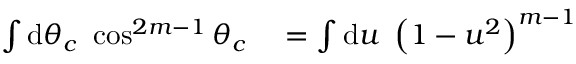
\begin{array} { r l } { \int \mathrm { d } \theta _ { c } \ \cos ^ { 2 m - 1 } \theta _ { c } } & { { } = \int \mathrm { d } u \ \left( 1 - u ^ { 2 } \right) ^ { m - 1 } } \end{array}